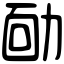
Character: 𠡳